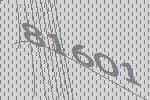
81601